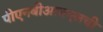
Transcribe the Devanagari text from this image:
पीएनबीआयएलची